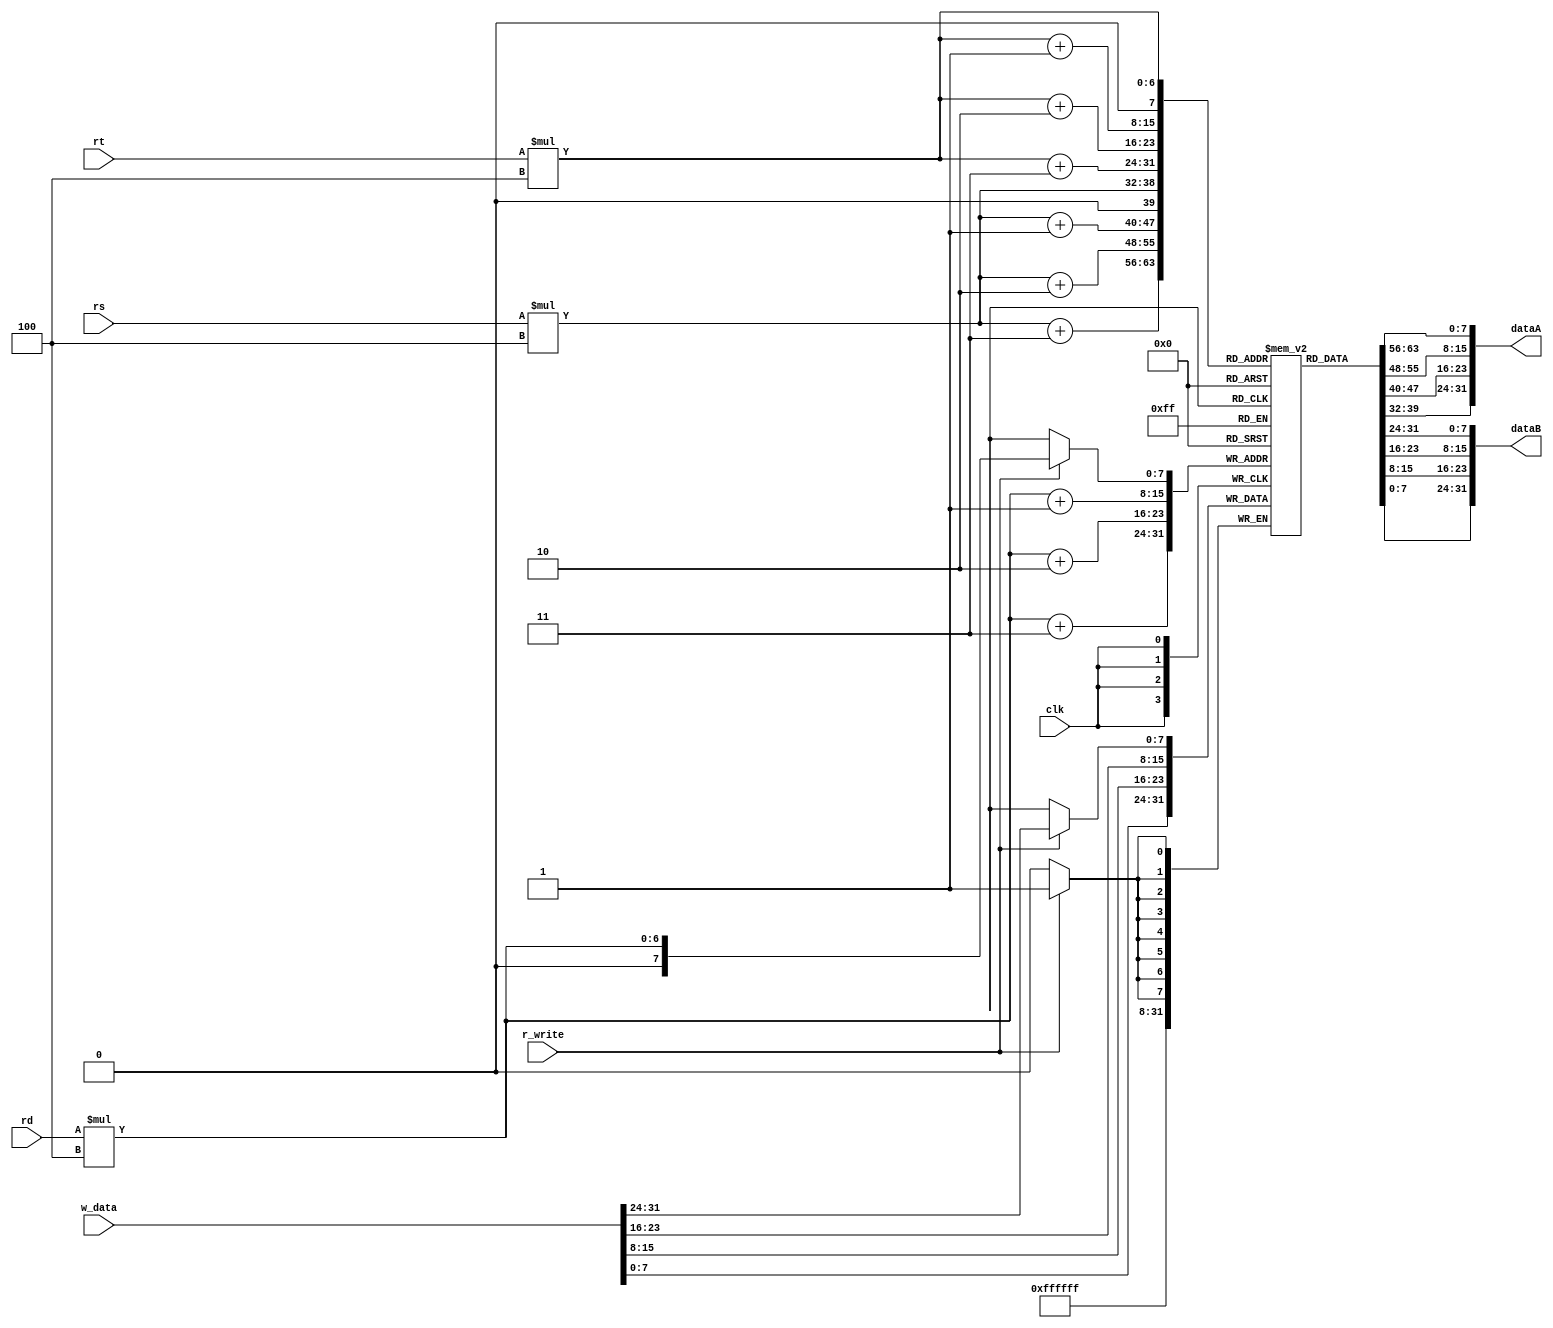
`timescale 1ns / 1ps
//////////////////////////////////////////////////////////////////////////////////
// Company: 
// Engineer: 
// Design Name: 
// Module Name:    decode_register 
// Project Name:
// Description:
//////////////////////////////////////////////////////////////////////////////////
module decode_register(
	input clk, r_write,
	input [3:0] rs, rt, rd, 
	input[31:0] w_data,
    output reg [31:0] dataA, dataB
    );
	 
	 reg [31:0] regs, regt, regd;
	 
	 
	 reg [7:0] memory [255:0]; //for byte addressable
	 //reg [31:0] memory [255:0] //for word addressable
	 //and we would need to initialize each memory index as one 16'b word
	 initial begin
		memory[0] = 8'hD1;
		memory[1] = 8'h18;
		memory[2] = 8'hD1;
		memory[3] = 8'h18;
		memory[4] = 8'h18;
		memory[5] = 8'hD1;
		memory[6] = 8'h18;
		memory[7] = 8'h18;
		memory[8] = 8'hD1;
		memory[9] = 8'h18;
	 end
	 
	 always @ *
    begin
		regs = rs * 4;
		regt = rt * 4;
		regd = rd * 4;
	   dataA = {memory[regs], memory[regs + 1], memory[regs + 2], memory[regs + 3]};
		dataB = {memory[regt], memory[regt + 1], memory[regt + 2], memory[regt + 3]};
	 end
  
  always @ (posedge clk)
    begin
	   if (r_write)
		  memory[regd] <= w_data[31:24];
		  memory[regd + 1] <= w_data[23:16];
		  memory[regd + 2] <= w_data[15:8];
		  memory[regd + 3] <= w_data[7:0];
	 end



endmodule